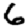
Digit: 6